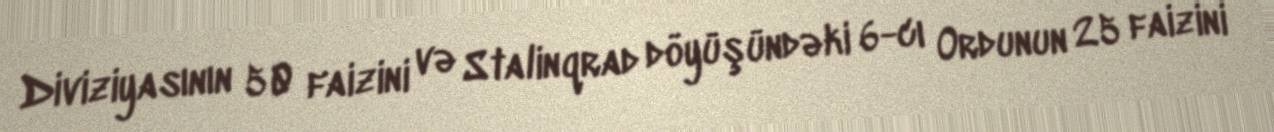
Diviziyasının 50 faizini və Stalinqrad döyüşündəki 6-cı Ordunun 25 faizini